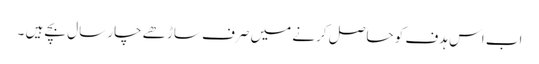
اب اس ہدف کو حاصل کرنے میں صرف ساڑھے چار سال بچے ہیں ۔